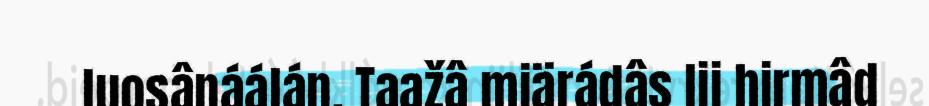
luosânáálán. Taažâ miärádâs lii hirmâd